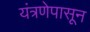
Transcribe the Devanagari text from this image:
यंत्रणेपासून